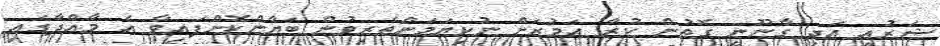
ޝަރުއީ އަދި ގާނޫނީ ގޮތުން ކުރާ އަމުރަށް ނުކިޔަމަންތެރިވުން ބަޔާންކޮށްފައިވާ އެ މާއްދާގައި